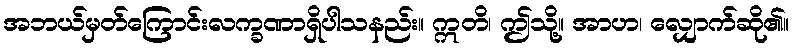
အဘယ်မှတ်ကြောင်းလက္ခဏာရှိပါသနည်း။ ဣတိ၊ ဤသို့။ အာဟ၊ လျှောက်ဆို၏။